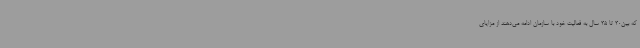
که بین30 تا 35 سال به فعالیت خود با سازمان ادامه می‌دهند از مزایای